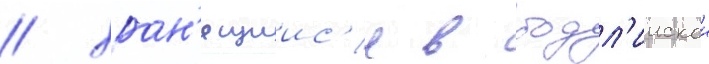
/ хран'ящиис'я в бодл'иискои